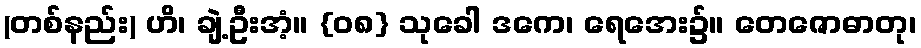
(တစ်နည်း) ဟိ၊ ချဲ့ဦးအံ့။ {၀၈} သုခေါ ဒကေ၊ ရေအေး၌။ တေဇောဓာတု၊